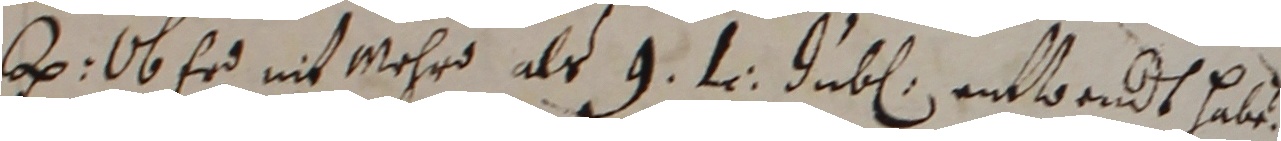
e. ob er nit mehrd als 9 tr jubl entwendt haben.